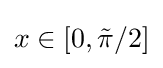
x\in [0,{\tilde {\pi }}/2]